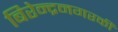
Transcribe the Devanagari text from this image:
बिरेन्द्रनगरकी